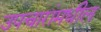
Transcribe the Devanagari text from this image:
उपचारांमधील